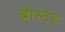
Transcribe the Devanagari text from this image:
ब्रोस्टेड